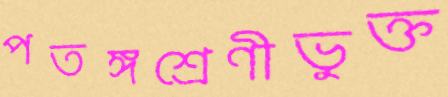
পতঙ্গশ্রেণীভুক্ত